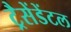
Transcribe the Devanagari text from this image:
ट्रैसेंडेंटल